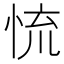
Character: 㤺